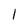
Character: 1